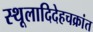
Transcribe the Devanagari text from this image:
स्थूलादिदेहचक्रांत